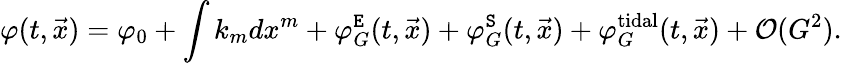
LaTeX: \varphi(t,{\vec{x}})=\varphi_{0}+\int k_{m}dx^{m}+\varphi_{G}^{\tt E}(t,{\vec{x}})+\varphi_{G}^{\tt S}(t,{\vec{x}})+\varphi_{G}^{\mathrm{tidal}}(t,{\vec{x}})+{\cal O}(G^{2}).